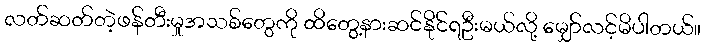
လတ်ဆတ်တဲ့ဖန်တီးမှုအသစ်တွေကို ထိတွေ့နားဆင်နိုင်ရဦးမယ်လို့ မျှော်လင့်မိပါတယ်။